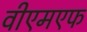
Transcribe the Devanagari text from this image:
वीएमएफ